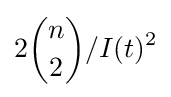
2{n \choose 2}/{I(t)^{2}}